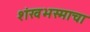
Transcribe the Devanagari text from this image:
शंखभस्माचा